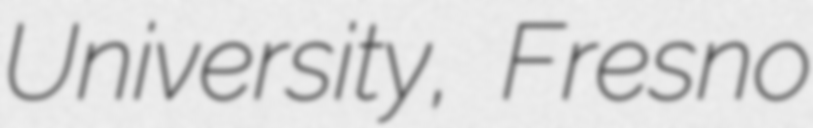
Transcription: University, Fresno